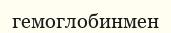
гемоглобинмен